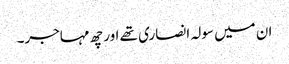
ان میں سولہ انصاری تھے اور چھ مہاجر۔